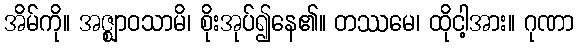
အိမ်ကို။ အဇ္ဈာဝသာမိ၊ စိုးအုပ်၍နေ၏။ တဿမေ၊ ထိုငါ့အား။ ဂုဏာ